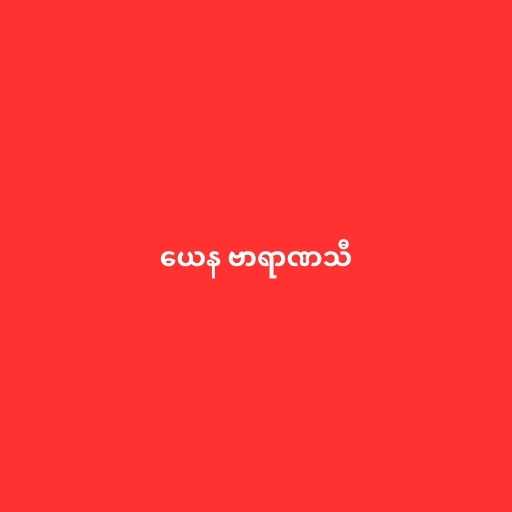
ယေန ဗာရာဏသီ